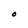
Character: O